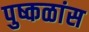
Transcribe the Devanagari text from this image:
पुष्कळांस